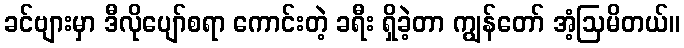
ခင်ဗျားမှာ ဒီလိုပျော်စရာ ကောင်းတဲ့ ခရီး ရှိခဲ့တာ ကျွန်တော် အံ့ဩမိတယ်။